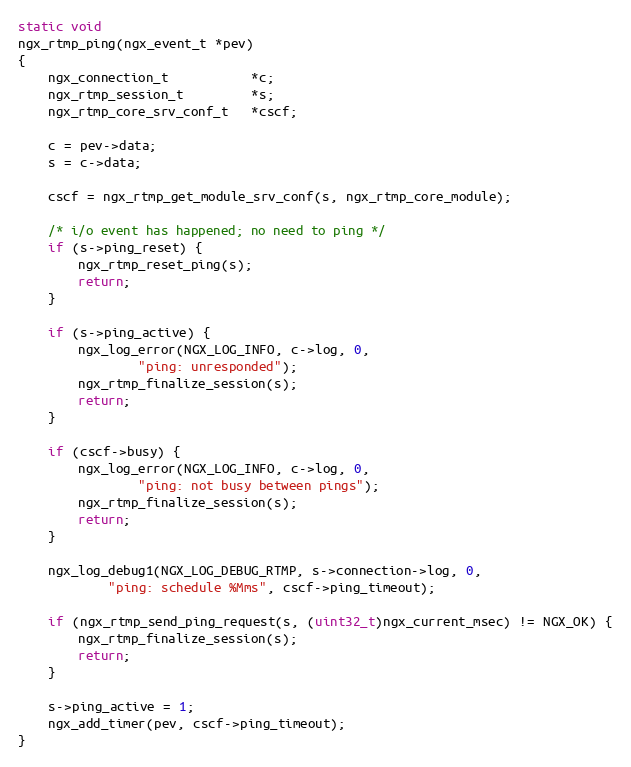
Language: C
static void
ngx_rtmp_ping(ngx_event_t *pev)
{
    ngx_connection_t           *c;
    ngx_rtmp_session_t         *s;
    ngx_rtmp_core_srv_conf_t   *cscf;

    c = pev->data;
    s = c->data;

    cscf = ngx_rtmp_get_module_srv_conf(s, ngx_rtmp_core_module);

    /* i/o event has happened; no need to ping */
    if (s->ping_reset) {
        ngx_rtmp_reset_ping(s);
        return;
    }

    if (s->ping_active) {
        ngx_log_error(NGX_LOG_INFO, c->log, 0,
                "ping: unresponded");
        ngx_rtmp_finalize_session(s);
        return;
    }

    if (cscf->busy) {
        ngx_log_error(NGX_LOG_INFO, c->log, 0,
                "ping: not busy between pings");
        ngx_rtmp_finalize_session(s);
        return;
    }

    ngx_log_debug1(NGX_LOG_DEBUG_RTMP, s->connection->log, 0,
            "ping: schedule %Mms", cscf->ping_timeout);

    if (ngx_rtmp_send_ping_request(s, (uint32_t)ngx_current_msec) != NGX_OK) {
        ngx_rtmp_finalize_session(s);
        return;
    }

    s->ping_active = 1;
    ngx_add_timer(pev, cscf->ping_timeout);
}